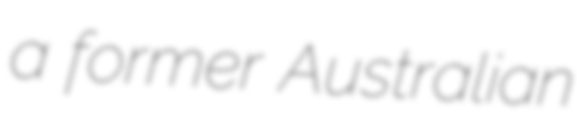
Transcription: a former Australian